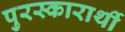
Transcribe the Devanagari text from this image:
पुरस्कारार्थी